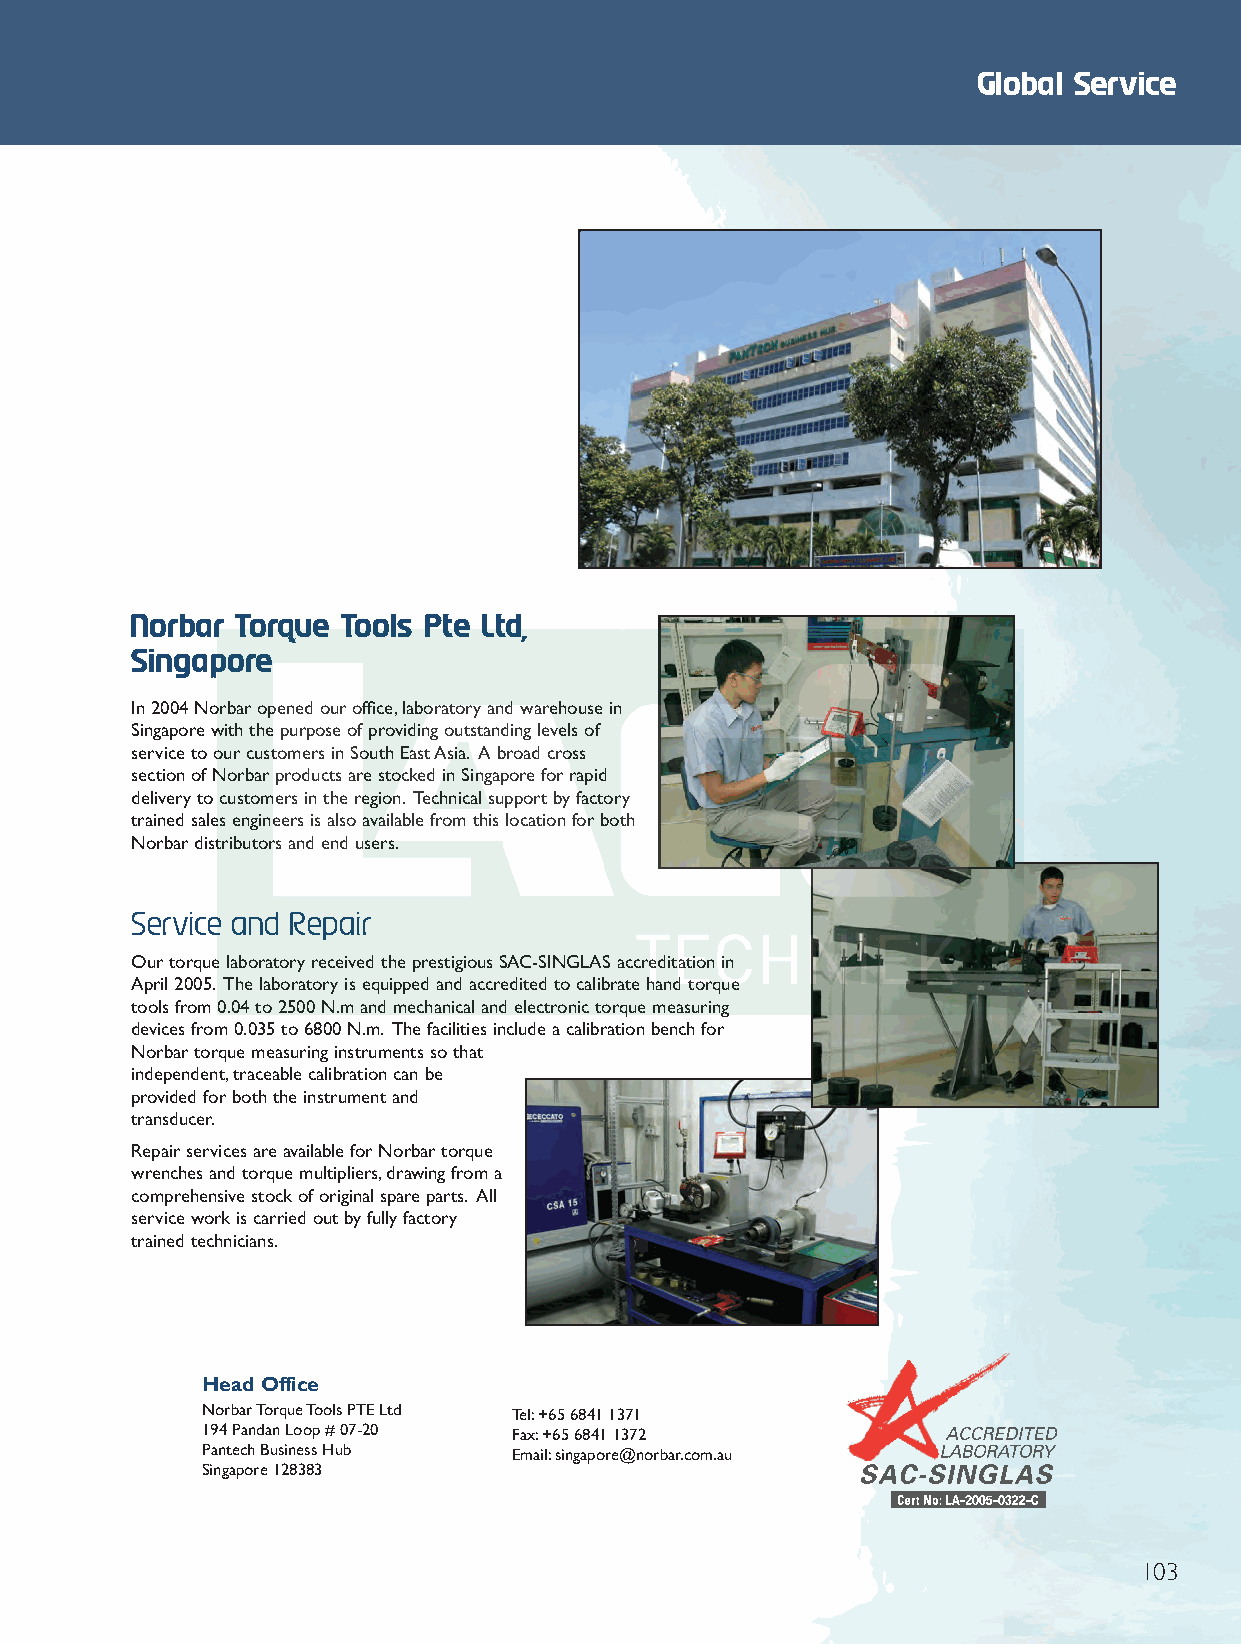
CompInfo 2012 Q6.qxd 30/10/12 9:48 am Page 71
 Global Service
 Norbar Torque Tools Pte Ltd,
 Singapore
 In 2004 Norbar opened our office,laboratory and warehouse in
 Singapore with the purpose of providing outstanding levels of
 service to our customers in South East Asia. A broad cross
 section of Norbar products are stocked in Singapore for rapid
 delivery to customers in the region. Technical support by factory
 trained sales engineers is also available from this location for both
 Norbar distributors and end users.
 Service and Repair
 Our torque laboratory received the prestigious SAC-SINGLAS accreditation in
 April 2005. The laboratory is equipped and accredited to calibrate hand torque
 tools from 0.04 to 2500 N.m and mechanical and electronic torque measuring
 devices from 0.035 to 6800 N.m. The facilities include a calibration bench for
 Norbar torque measuring instruments so that
 independent,traceable calibration can be
 provided for both the instrument and
 transducer.
 Repair services are available for Norbar torque
 wrenches and torque multipliers,drawing from a
 comprehensive stock of original spare parts. All
 service work is carried out by fully factory
 trained technicians.
 Head Office
 Norbar Torque Tools PTE Ltd Tel:+65 6841 1371
 194 Pandan Loop # 07-20 Fax:+65 6841 1372
 Pantech Business Hub Email:singapore@norbar.com.au
 Singapore 128383
 103